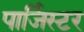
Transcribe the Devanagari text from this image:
पार्जिस्टर